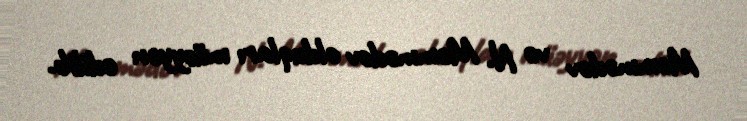
Məmmədov və N. Məmmədov olduqları müəyyən edilib.